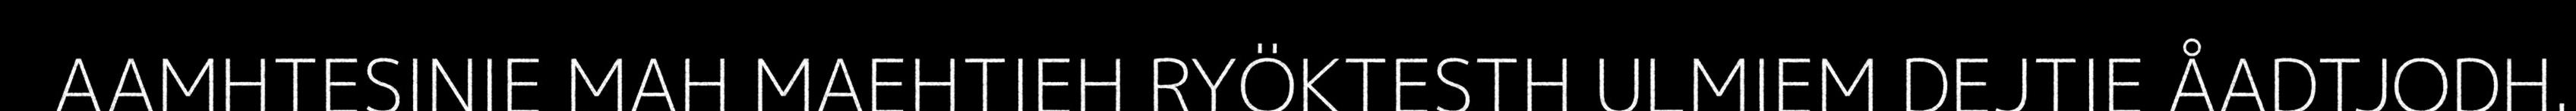
AAMHTESINIE MAH MAEHTIEH RYÖKTESTH ULMIEM DEJTIE ÅADTJODH.